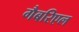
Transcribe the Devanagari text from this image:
गैबरिएल